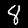
Digit: 8